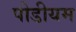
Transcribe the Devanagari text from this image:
पोडीयम